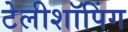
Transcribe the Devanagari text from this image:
टेलीशॉपिंग